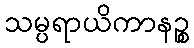
သမ္ပရာယိကာနဉ္စ